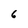
Character: 6